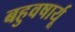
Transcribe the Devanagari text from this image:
बहुवषार्यू